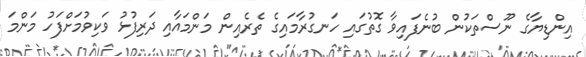
އިންޑިޔާގެ ނޫސްތަކުން ބުނެފައިވާ ގޮތުގައި ހަނގުރާމައިގެ ތެރެއިން މަންމައާއި ދަރިފުޅު ވަކިވުމަށްފަހު މަންމަ